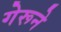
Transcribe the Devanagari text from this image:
गेरूने